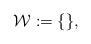
LaTeX: \begin{align*}\mathcal{W}:=\{\},\end{align*}